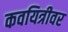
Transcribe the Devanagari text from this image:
कवयित्रीवर